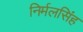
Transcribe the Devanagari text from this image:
निर्मलसिंह